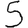
Digit: 5